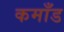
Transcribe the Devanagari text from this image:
कमाँड